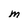
Character: M